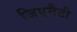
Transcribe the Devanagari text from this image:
जिएमैटी